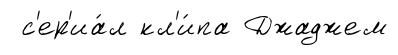
с'ер'иа́л кл'и́па Джаджем